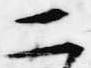
二